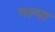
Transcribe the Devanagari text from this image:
गल्धा